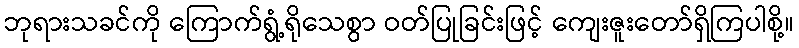
ဘုရားသခင်ကို ကြောက်ရွံ့ရိုသေစွာ ဝတ်ပြုခြင်းဖြင့် ကျေးဇူးတော်ရှိကြပါစို့။